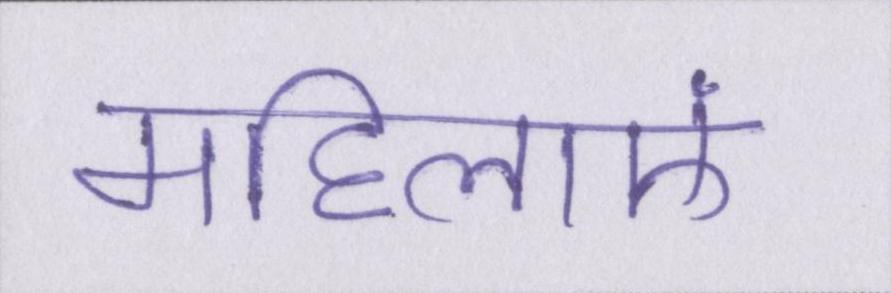
महिलाएं